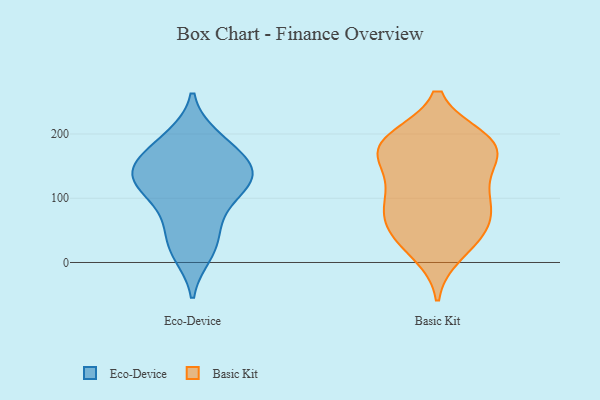
{"axis": {"x": "Net Income (USD K)", "y": "Value"}, "legend": ["Basic Kit", "Eco-Device"], "data": [{"x": "", "y": 60, "type": "Eco-Device"}, {"x": "", "y": 143, "type": "Eco-Device"}, {"x": "", "y": 158, "type": "Eco-Device"}, {"x": "", "y": 174, "type": "Eco-Device"}, {"x": "", "y": 86, "type": "Eco-Device"}, {"x": "", "y": 13, "type": "Eco-Device"}, {"x": "", "y": 194, "type": "Eco-Device"}, {"x": "", "y": 156, "type": "Eco-Device"}, {"x": "", "y": 100, "type": "Eco-Device"}, {"x": "", "y": 126, "type": "Eco-Device"}, {"x": "", "y": 195, "type": "Eco-Device"}, {"x": "", "y": 123, "type": "Eco-Device"}, {"x": "", "y": 135, "type": "Eco-Device"}, {"x": "", "y": 126, "type": "Eco-Device"}, {"x": "", "y": 138, "type": "Eco-Device"}, {"x": "", "y": 19, "type": "Eco-Device"}, {"x": "", "y": 38, "type": "Eco-Device"}, {"x": "", "y": 46, "type": "Basic Kit"}, {"x": "", "y": 176, "type": "Basic Kit"}, {"x": "", "y": 110, "type": "Basic Kit"}, {"x": "", "y": 80, "type": "Basic Kit"}, {"x": "", "y": 90, "type": "Basic Kit"}, {"x": "", "y": 15, "type": "Basic Kit"}, {"x": "", "y": 189, "type": "Basic Kit"}, {"x": "", "y": 173, "type": "Basic Kit"}, {"x": "", "y": 139, "type": "Basic Kit"}, {"x": "", "y": 186, "type": "Basic Kit"}, {"x": "", "y": 51, "type": "Basic Kit"}, {"x": "", "y": 105, "type": "Basic Kit"}, {"x": "", "y": 160, "type": "Basic Kit"}, {"x": "", "y": 192, "type": "Basic Kit"}, {"x": "", "y": 187, "type": "Basic Kit"}, {"x": "", "y": 71, "type": "Basic Kit"}, {"x": "", "y": 33, "type": "Basic Kit"}]}